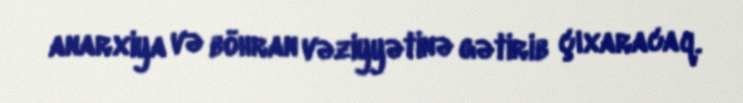
anarxiya və böhran vəziyyətinə gətirib çıxaracaq.